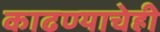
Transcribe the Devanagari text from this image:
काढण्याचेही